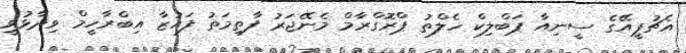
އެޗުޕީއޭގެ ސީނިއާ ޕަބްލިކް ހެލްތު ޕްރޮގްރާމް މެނޭޖަރު ފާތިމަތު ފައުޒާ އިބްރާހީމް ވިދާޅުވީ